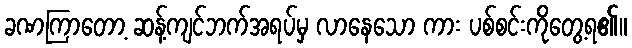
ခဏကြာတော့ ဆန့်ကျင်ဘက်အရပ်မှ လာနေသော ကား ပစ်စင်းကိုတွေ့ရ၏။